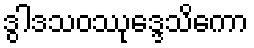
ဒွါဒသဝဿုဒ္ဒေသိကော